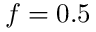
f = 0 . 5